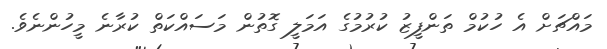
މައްޗަށް އެ ހުކުމް ތަންފީޒު ކުރުމުގެ އަމަލީ ގޮތުން މަސައްކަތް ކުރާނެ މީހުންނެވެ.